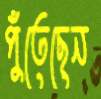
পুঁতেছেন